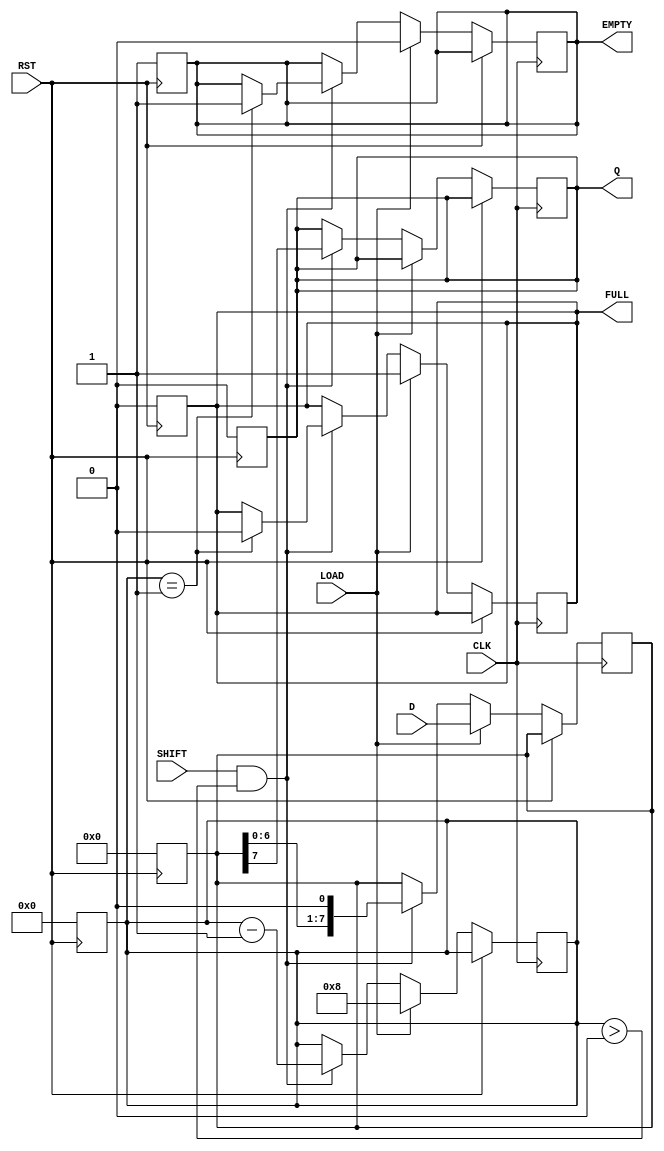
module PISO_Register #(
    parameter N = 8 // Number of bits for parallel input
)(
    input wire [N-1:0] D,      // Parallel Data Input
    input wire LOAD,            // Load Control Signal
    input wire SHIFT,           // Shift Control Signal
    input wire CLK,             // Clock Input
    input wire RST,             // Asynchronous Reset
    output reg Q,               // Serial Output
    output reg EMPTY,           // Empty Flag
    output reg FULL             // Full Flag
);

    reg [N-1:0] shift_reg;      // Shift register to hold data
    reg [3:0] count;            // Counter to track the number of bits shifted out

    // Asynchronous Reset
    always @(posedge RST) begin
        shift_reg <= 0;
        Q <= 0;
        EMPTY <= 1;
        FULL <= 0;
        count <= 0;
    end

    // Main operation
    always @(posedge CLK) begin
        if (RST) begin
            // Reset state is handled above
        end else if (LOAD) begin
            // Load operation
            shift_reg <= D; // Load parallel data into shift register
            EMPTY <= 0;     // Register is not empty after loading
            FULL <= 1;      // Register is full after loading
            count <= N;     // Set count to the number of bits
        end else if (SHIFT && count > 0) begin
            // Shift operation
            Q <= shift_reg[N-1]; // Output the MSB
            shift_reg <= {shift_reg[N-2:0], 1'b0}; // Shift left
            count <= count - 1; // Decrement the count
            if (count == 1) begin
                EMPTY <= 1; // Set empty flag when all bits are shifted out
                FULL <= 0;  // Reset full flag
            end
        end
    end

endmodule